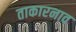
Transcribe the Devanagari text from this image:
ताकारनाव